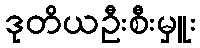
ဒုတိယဦးစီးမှူး